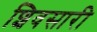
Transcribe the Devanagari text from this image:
शिवसारी